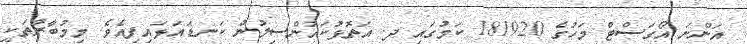
އަންނަ އޯގަސްޓް މަހުގެ 181920 ކަމުގައި ދ. އަތޮޅުކައުންސިލުން ކަނޑައަޅައިފިއެވެ. މިމުބާރާތަކީ